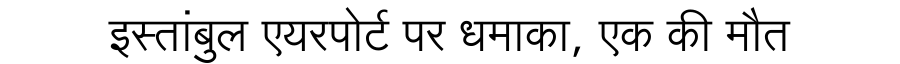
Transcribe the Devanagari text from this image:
इस्तांबुल एयरपोर्ट पर धमाका, एक की मौत